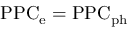
\mathrm { P P C _ { \mathrm { e } } = \mathrm { P P C _ { \mathrm { p h } } } }